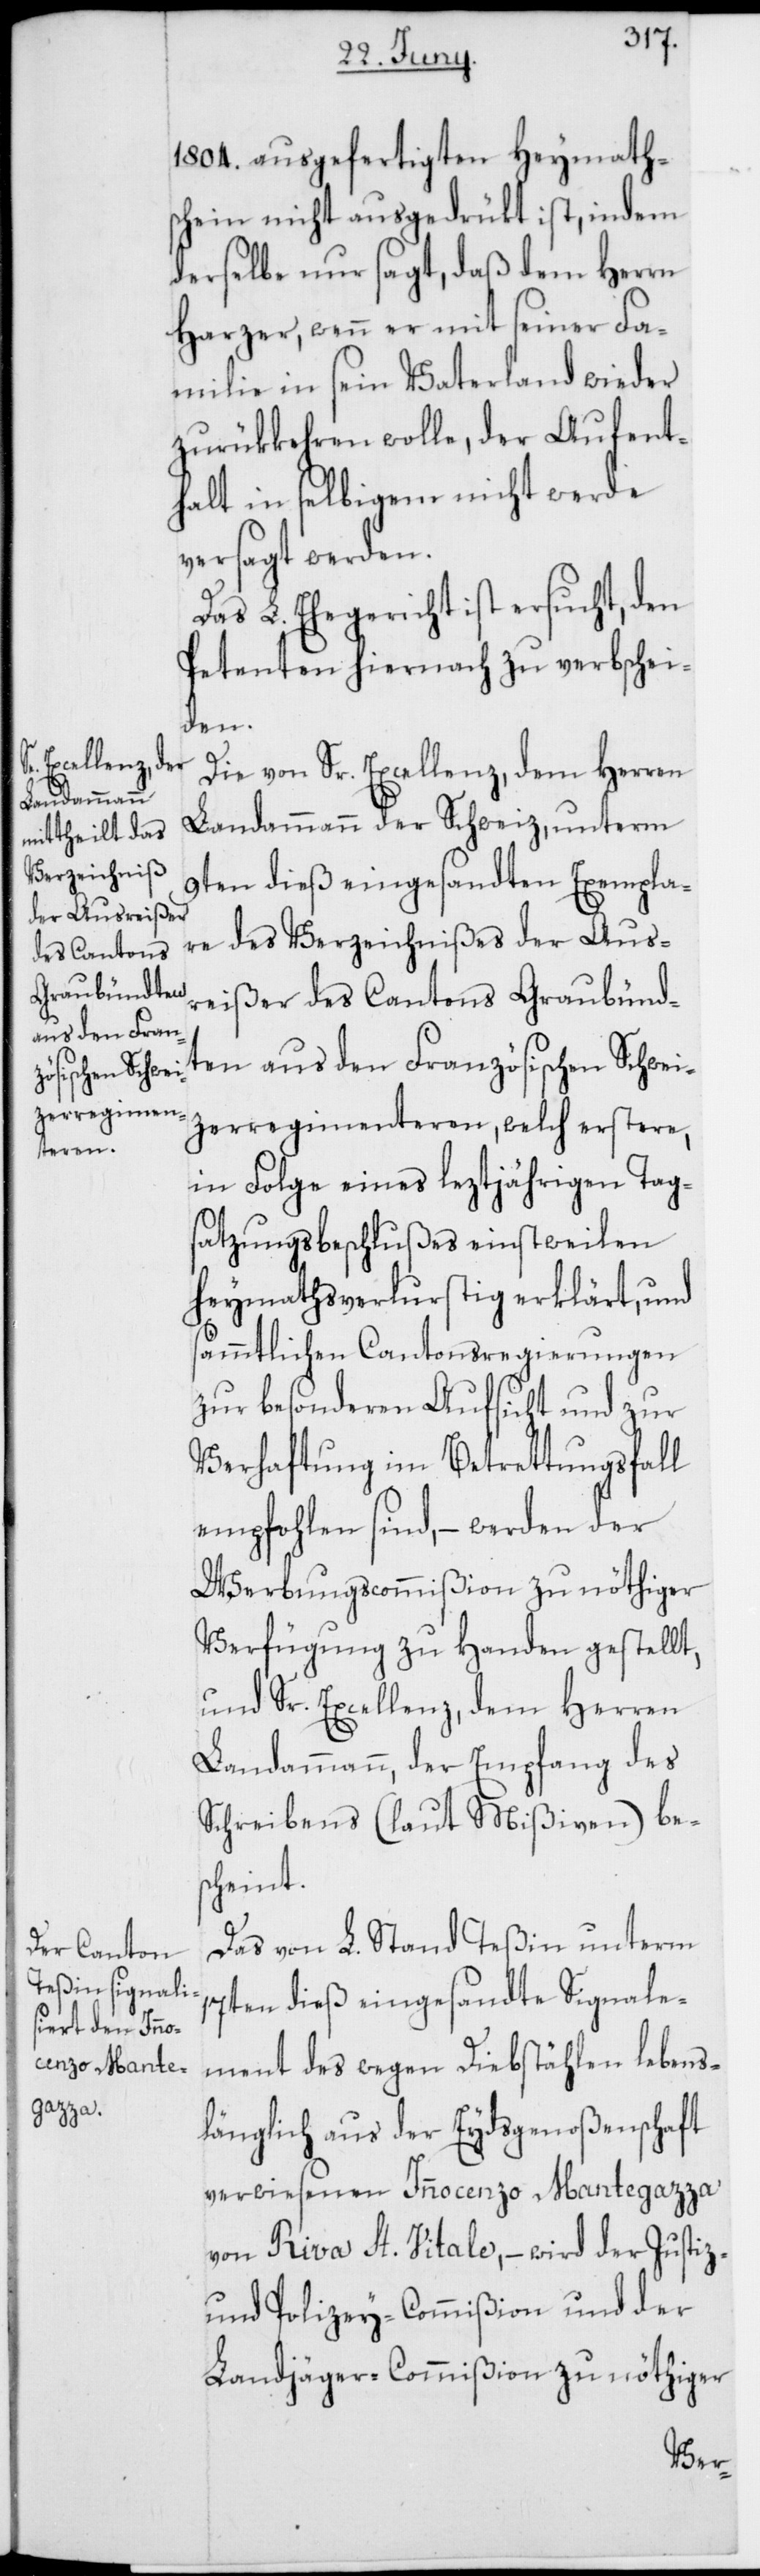
1804. ausgefertigten Heymath¬
schein nicht ausgedrükt ist, indem
derselbe nur sagt, daß dem Herren
Harzer, wenn er mit seiner Fa¬
milie in sein Vaterland wieder
zurükkehren wolle, der Aufent¬
halt in selbigem nicht werde
versagt werden.
Das L. Ehegericht ist ersucht, den
Petenten hiernach zu verbschei¬
den.
Die von Sr. Excellenz, dem Herren
Landammann der Schweiz, unterm
9ten dieß eingesandten Exempla¬
re des Verzeichnißes der Aus¬
reißer des Cantons Graubünd¬
ten aus den Französischen Schwei¬
zerregimenteren, welch erstere,
in Folge eines leztjährigen Tag¬
satzungsbeschlußes einstweilen
heymathsverlustig erklärt, und
sämmtlichen Cantonsregierungen
zur besonderen Aufsicht und zur
Verhaftung im Betrettungsfall
empfohlen sind, – werden der
Werbungscommißion zu nöthiger
Verfügung zu Handen gestellt,
und Sr. Excellenz, dem Herren
Landammann, der Empfang des
Schreibens (laut Mißiven) be¬
scheint.
Das von L. Stand Teßin unterm
17ten dieß eingesandte Signale¬
ment des wegen Diebstählen lebens¬
länglich aus der Eydsgenoßenschaft
verwiesenen Innocenzo Mantegazza
von Riva St. Vitale, – wird der Justiz-
und Polizey-Commißion und der
Landjäger-Commißion zu nöthiger